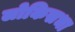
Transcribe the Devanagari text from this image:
लोकिसभा